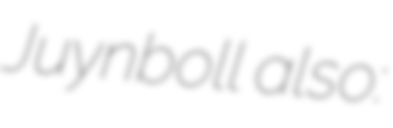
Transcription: Juynboll also: